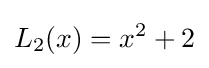
L_{2}(x)=x^{2}+2